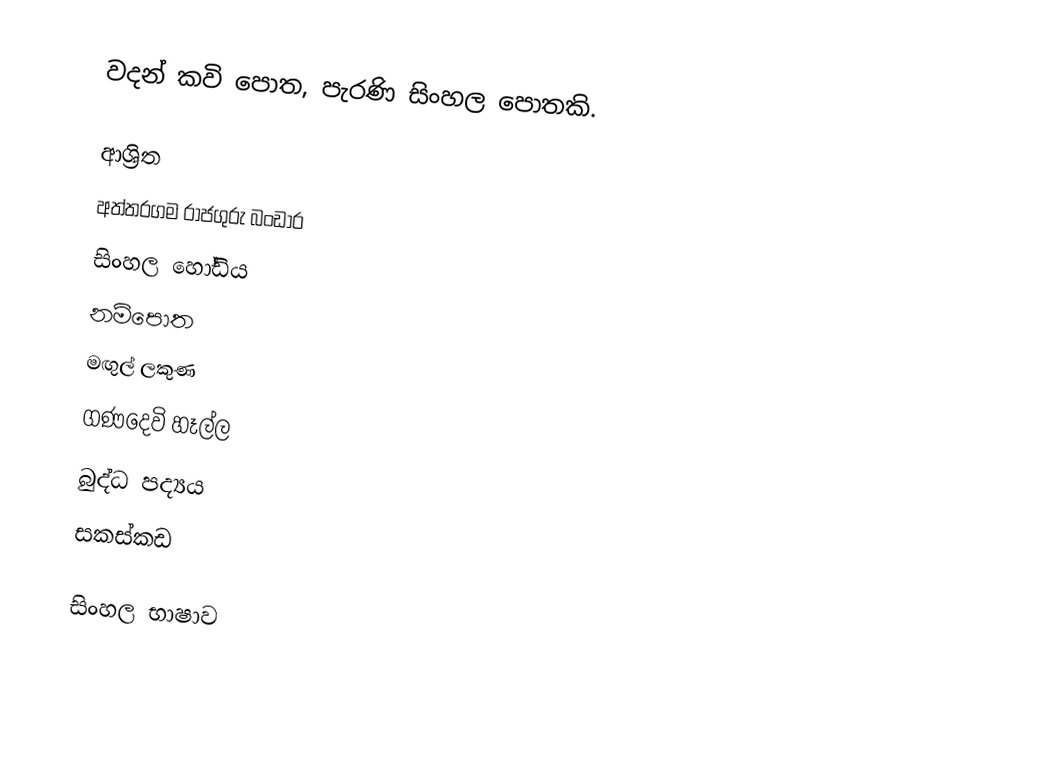
වදන් කවි පොත, පැරණි සිංහල පොතකි.

ආශ්‍රිත
 අත්තරගම රාජගුරු බංඩාර
 සිංහල හෝඩිය
 නම්පොත
 මඟුල් ලකුණ
 ගණදෙවි හෑල්ල
 බුද්ධ පද්‍යය
 සකස්කඩ

සිංහල භාෂාව